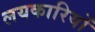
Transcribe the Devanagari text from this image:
लयकारियों